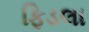
ફિડલા